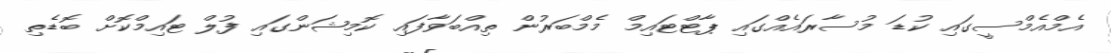
އެމްއެމްސީގައި ކުޑަ މުސާރައެއްގައި ޕާޓްޓައިމް މެމްބަރުން ތިއްބަވާފައި ކޮމިޝަންގައި ފުލް ޓައިމްކޮށް ބޮޑެތި